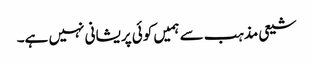
شیعی مذہب سے ہمیں کوئی پریشانی نہیں ہے۔